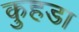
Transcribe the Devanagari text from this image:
कुहडा